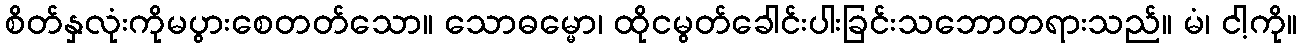
စိတ်နှလုံးကိုမပွားစေတတ်သော။ သောဓမ္မော၊ ထိုငမွတ်ခေါင်းပါးခြင်းသဘောတရားသည်။ မံ၊ ငါ့ကို။